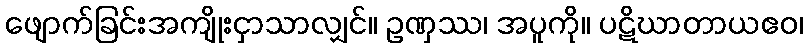
ဖျောက်ခြင်းအကျိုးငှာသာလျှင်။ ဥဏှဿ၊ အပူကို။ ပဋိဃာတာယဧဝ၊